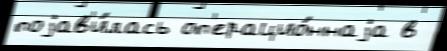
поjав'и́лась оп'ерацио́ннаjа в